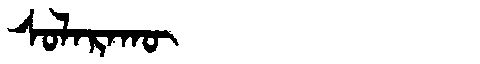
Manchu: ᠰᠣᠯᠠᡵᠠᡴᡡ
Romanization: SOLARAKŪ